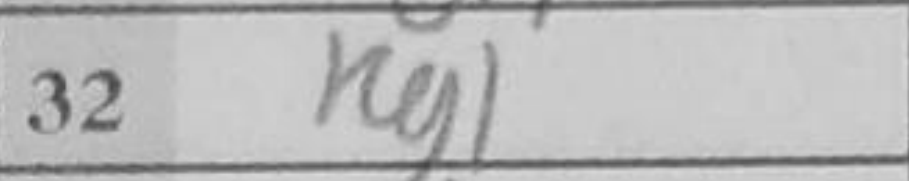
Transcription: Rg1